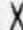
X